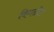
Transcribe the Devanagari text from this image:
विगळीत